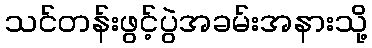
သင်တန်းဖွင့်ပွဲအခမ်းအနားသို့